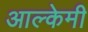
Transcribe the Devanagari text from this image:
आल्‍केमी